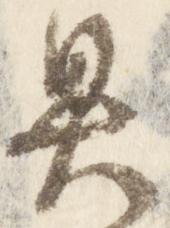
具